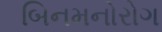
બિનમનોરોગ